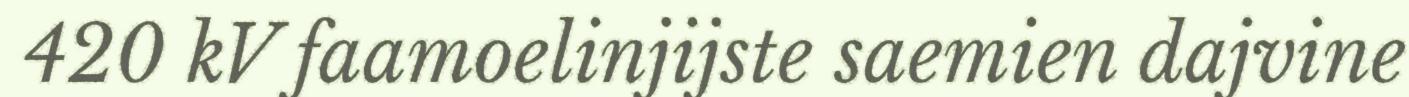
420 kV faamoelinjijste saemien dajvine